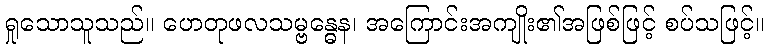
ရှုသောသူသည်။ ဟေတုဖလသမ္ဗန္ဓေန၊ အကြောင်းအကျိုး၏အဖြစ်ဖြင့် စပ်သဖြင့်။